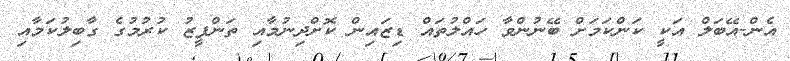
އެން-އޭބަލް އަކީ ކަންކަމަށް ބޭނުންވާ ހައްލުތައް ޑިޒައިން ކޮށްދިނުމާއި ތަންފީޒު ކުރުމުގެ ގާބިލުކަމާއި